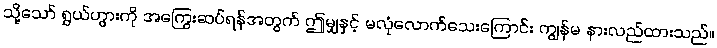
သို့သော် ရွှယ်ဟွားကို အကြွေးဆပ်ရန်အတွက် ဤမျှနှင့် မလုံလောက်သေးကြောင်း ကျွန်မ နားလည်ထားသည်။